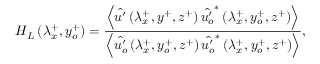
H _ { L } \left( \lambda _ { x } ^ { + } , y _ { o } ^ { + } \right) = \frac { \left\langle \hat { u ^ { \prime } } \left( \lambda _ { x } ^ { + } , y ^ { + } , z ^ { + } \right) \hat { u _ { o } ^ { \prime } } ^ { * } \left( \lambda _ { x } ^ { + } , y _ { o } ^ { + } , z ^ { + } \right) \right\rangle } { \left\langle \hat { u _ { o } ^ { \prime } } \left( \lambda _ { x } ^ { + } , y _ { o } ^ { + } , z ^ { + } \right) \hat { u _ { o } ^ { \prime } } ^ { * } \left( \lambda _ { x } ^ { + } , y _ { o } ^ { + } , z ^ { + } \right) \right\rangle } ,